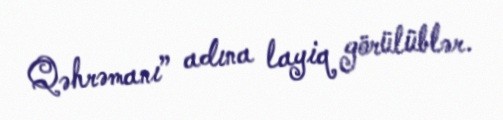
Qəhrəmanı” adına layiq görülüblər.